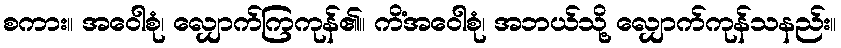
စကား။ အဝေါစုံ၊ လျှောက်ကြကုန်၏။ ကိံအဝေါစုံ၊ အဘယ်သို့ လျှောက်ကုန်သနည်း။